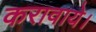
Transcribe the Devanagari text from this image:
करावाये।